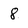
Character: 8